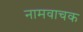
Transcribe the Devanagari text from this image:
नामवाचक